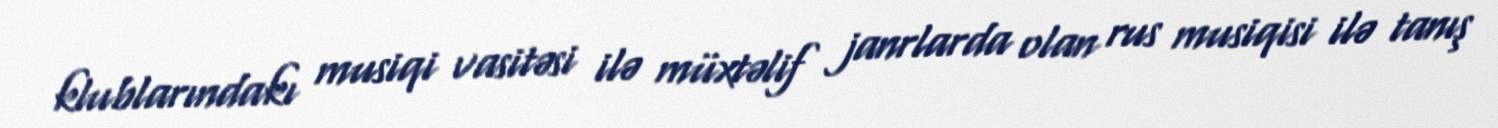
klublarındakı musiqi vasitəsi ilə müxtəlif janrlarda olan rus musiqisi ilə tanış